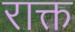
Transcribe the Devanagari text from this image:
राक्त